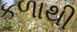
કળાથી